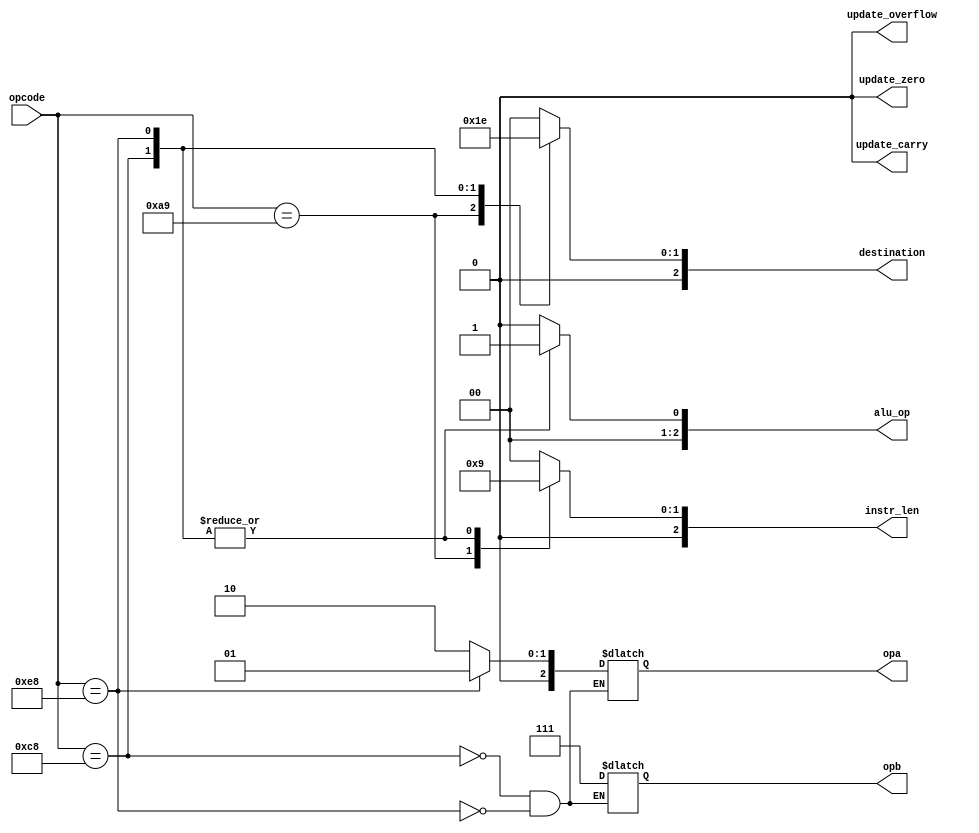
module m6502_decoder(
                     input wire [7 : 0]  opcode,

                     output wire [2 : 0] instr_len,
                     output wire [2 : 0] opa,
                     output wire [2 : 0] opb,
                     output wire [2 : 0] alu_op,
                     output wire [2 : 0] destination,
                     output wire         update_carry,
                     output wire         update_zero,
                     output wire         update_overflow
                    );


  //----------------------------------------------------------------
  // Internal constant and parameter definitions.
  //----------------------------------------------------------------
  // M6502 Opcodes:
  localparam OP_BRK     = 8'h00;
  localparam OP_CLC     = 8'h18;
  localparam OP_SEC     = 8'h38;
  localparam OP_JMP     = 8'h4c;
  localparam OP_CLI     = 8'h58;
  localparam OP_RTS     = 8'h60;
  localparam OP_SEI     = 8'h78;
  localparam OP_TXA     = 8'h8a;
  localparam OP_LDA_IMM = 8'ha9;
  localparam OP_TAX     = 8'haa;
  localparam OP_INY     = 8'hc8;
  localparam OP_DEX     = 8'hca;
  localparam OP_INX     = 8'he8;
  localparam OP_NOP     = 8'hea;

  // Symbolic names for ALU operands.
  localparam OP_AREG  = 3'h0;
  localparam OP_XREG  = 3'h1;
  localparam OP_YREG  = 3'h2;
  localparam OP_ONE   = 3'h7;

  // Symbolic names for ALU operations.
  localparam ALU_NONE = 3'h0;
  localparam ALU_ADC  = 3'h1;

  // Symbolic names for destination codes.
  localparam DEST_MEM  = 3'h0;
  localparam DEST_AREG = 3'h1;
  localparam DEST_XREG = 3'h2;
  localparam DEST_YREG = 3'h3;


  //----------------------------------------------------------------
  // Registers including update variables and write enable.
  //----------------------------------------------------------------


  //----------------------------------------------------------------
  // Wires.
  //----------------------------------------------------------------
  reg [2 : 0] ilen;
  reg [2 : 0] dest;
  reg [2 : 0] alu;
  reg [2 : 0] a;
  reg [2 : 0] b;
  reg         carry;
  reg         zero;
  reg         overflow;


  //----------------------------------------------------------------
  // Concurrent connectivity for ports etc.
  //----------------------------------------------------------------
  assign instr_len       = ilen;
  assign destination     = dest;
  assign alu_op          = alu;
  assign opa             = a;
  assign opb             = b;
  assign update_carry    = carry;
  assign update_zero     = zero;
  assign update_overflow = overflow;


  //----------------------------------------------------------------
  // decoder
  // Instruction decoder. Based on the opcode provides info about
  // the operation to perform
  //----------------------------------------------------------------
  always @*
    begin : decoder
      ilen     = 3'h0;
      dest     = DEST_MEM;
      alu      = ALU_NONE;
      carry    = 0;
      zero     = 0;
      overflow = 0;


      case (opcode)
        OP_LDA_IMM:
          begin
            ilen = 3'h2;
            dest = DEST_AREG;
            alu  = ALU_NONE;
          end

        OP_INY:
          begin
            ilen = 3'h1;
            a    = OP_YREG;
            b    = OP_ONE;
            alu  = ALU_ADC;
            dest = DEST_YREG;
          end

        OP_INX:
          begin
            ilen = 3'h1;
            a    = OP_XREG;
            b    = OP_ONE;
            alu  = ALU_ADC;
            dest = DEST_XREG;
          end

        default:
          begin
          end
      endcase // case (opcode)
    end // decoder

endmodule